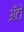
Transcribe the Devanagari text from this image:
अँटो